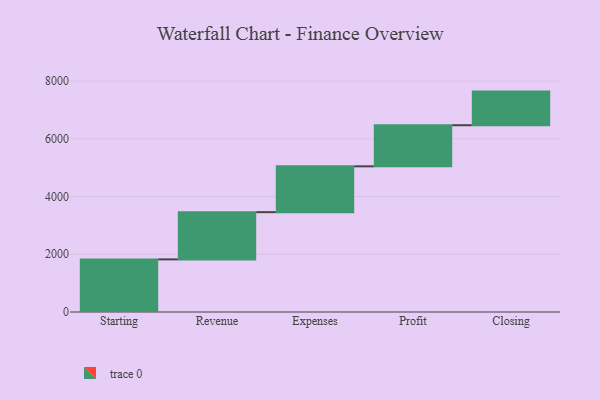
{"axis": {"x": "Step", "y": "Value"}, "legend": [""], "data": [{"x": "Starting", "y": 1823.0, "type": ""}, {"x": "Revenue", "y": 1636.0, "type": ""}, {"x": "Expenses", "y": 1588.0, "type": ""}, {"x": "Profit", "y": 1424.0, "type": ""}, {"x": "Closing", "y": 1165.0, "type": ""}]}